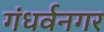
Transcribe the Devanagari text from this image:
गंधर्वनगर